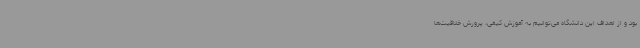
بود و از اهداف این دانشگاه می‌توانیم به آموزش کیفی، پرورش خلاقیت‌ها